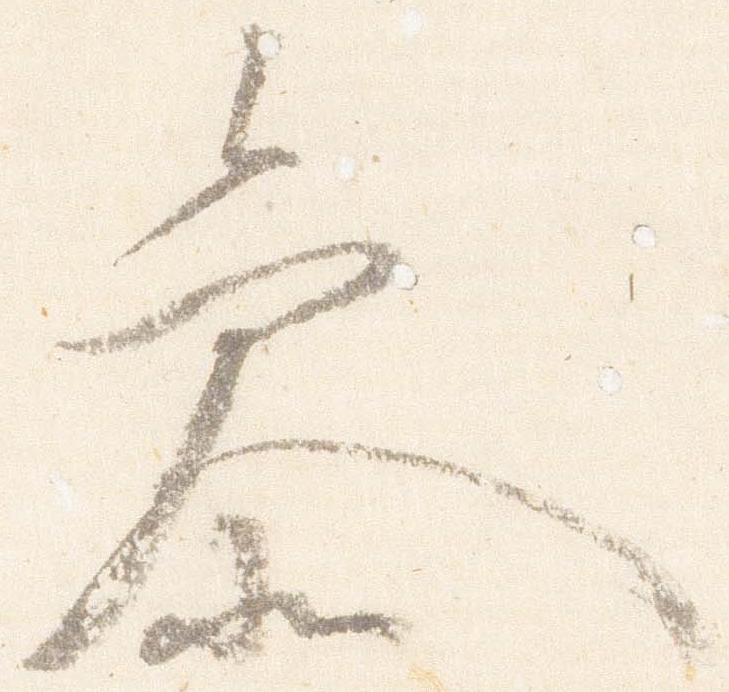
参